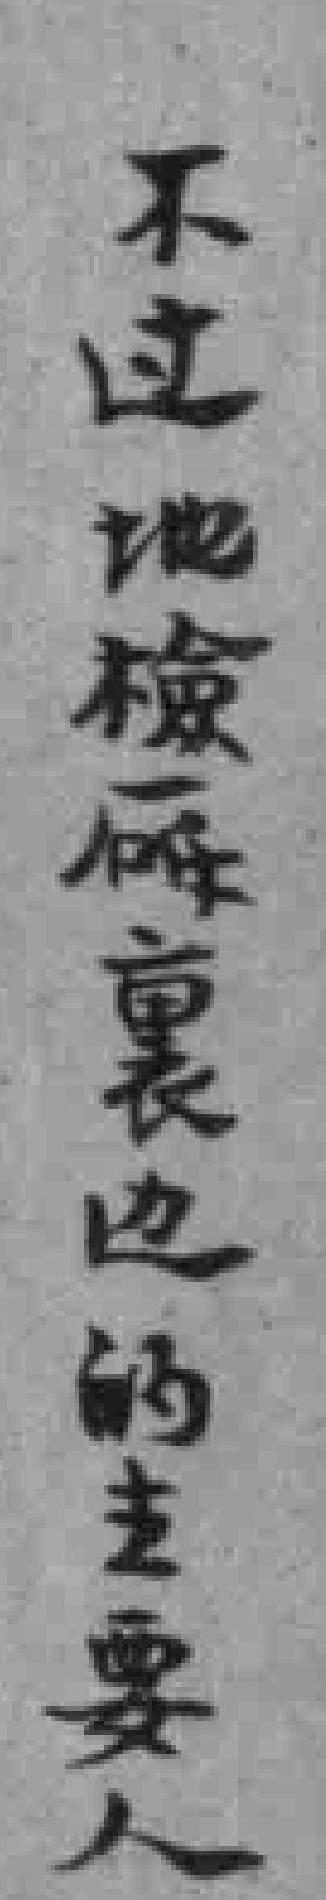
不过地檢廰裏边的主要人